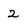
Character: 2